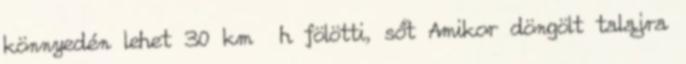
könnyedén lehet 30 km h fölötti, sőt Amikor döngölt talajra